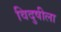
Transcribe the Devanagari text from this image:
विदुषीला